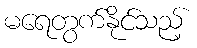
မရေတွက်နိုင်သည့်